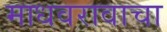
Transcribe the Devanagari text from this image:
माधवरावाचा